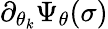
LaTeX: \partial_{\theta_{k}}\Psi_{\theta}(\sigma)